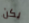
يكن